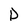
Character: D